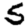
Digit: 5